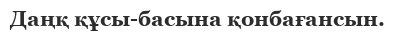
Даңқ құсы-басына қонбағансын.